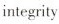
integrity